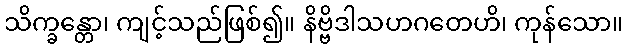
သိက္ခန္တော၊ ကျင့်သည်ဖြစ်၍။ နိဗ္ဗိဒါသဟဂတေဟိ၊ ကုန်သော။